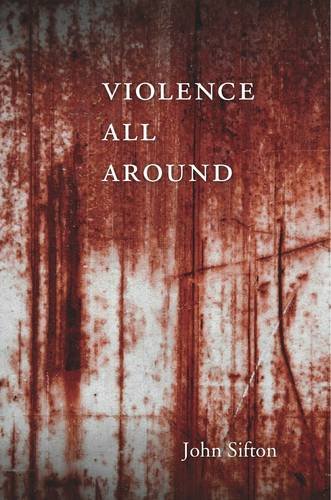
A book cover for Violence All Around; John Sifton; Law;